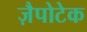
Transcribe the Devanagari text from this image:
ज़ैपोटेक